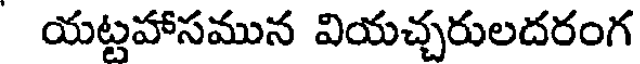
యట్టహాసమున వియచ్చరులదరంగ